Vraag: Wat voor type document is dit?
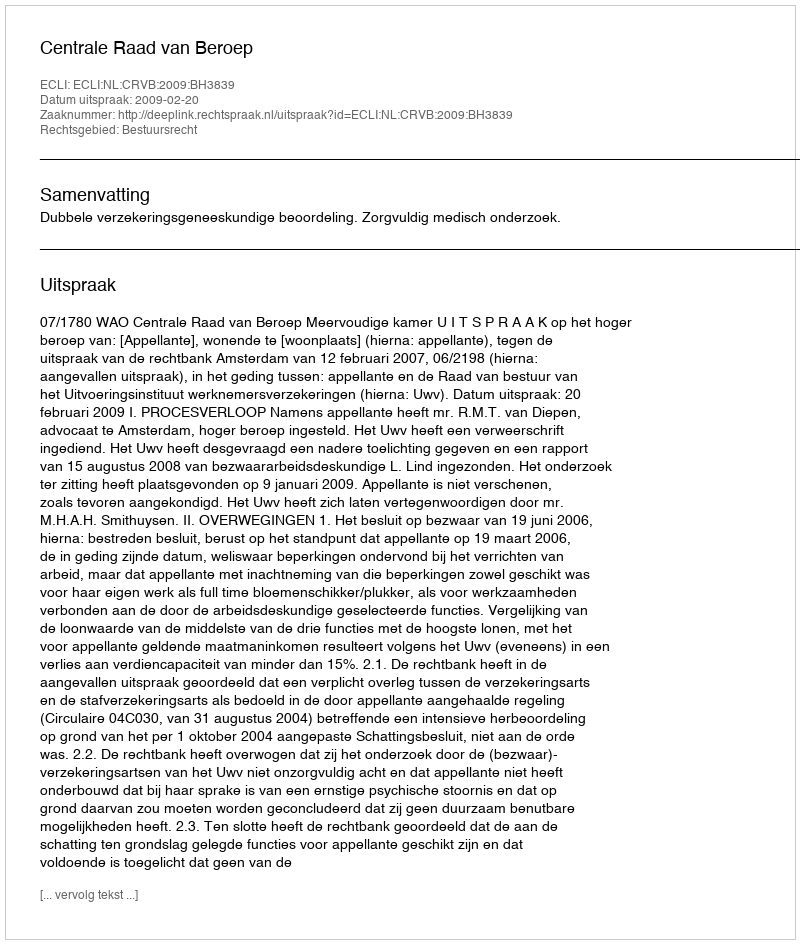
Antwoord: Uitspraak